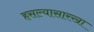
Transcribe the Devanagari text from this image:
हसल्यासारखा